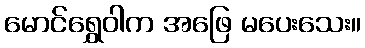
မောင်ရွှေဝါက အဖြေ မပေးသေး။